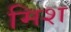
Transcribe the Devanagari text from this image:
मिश